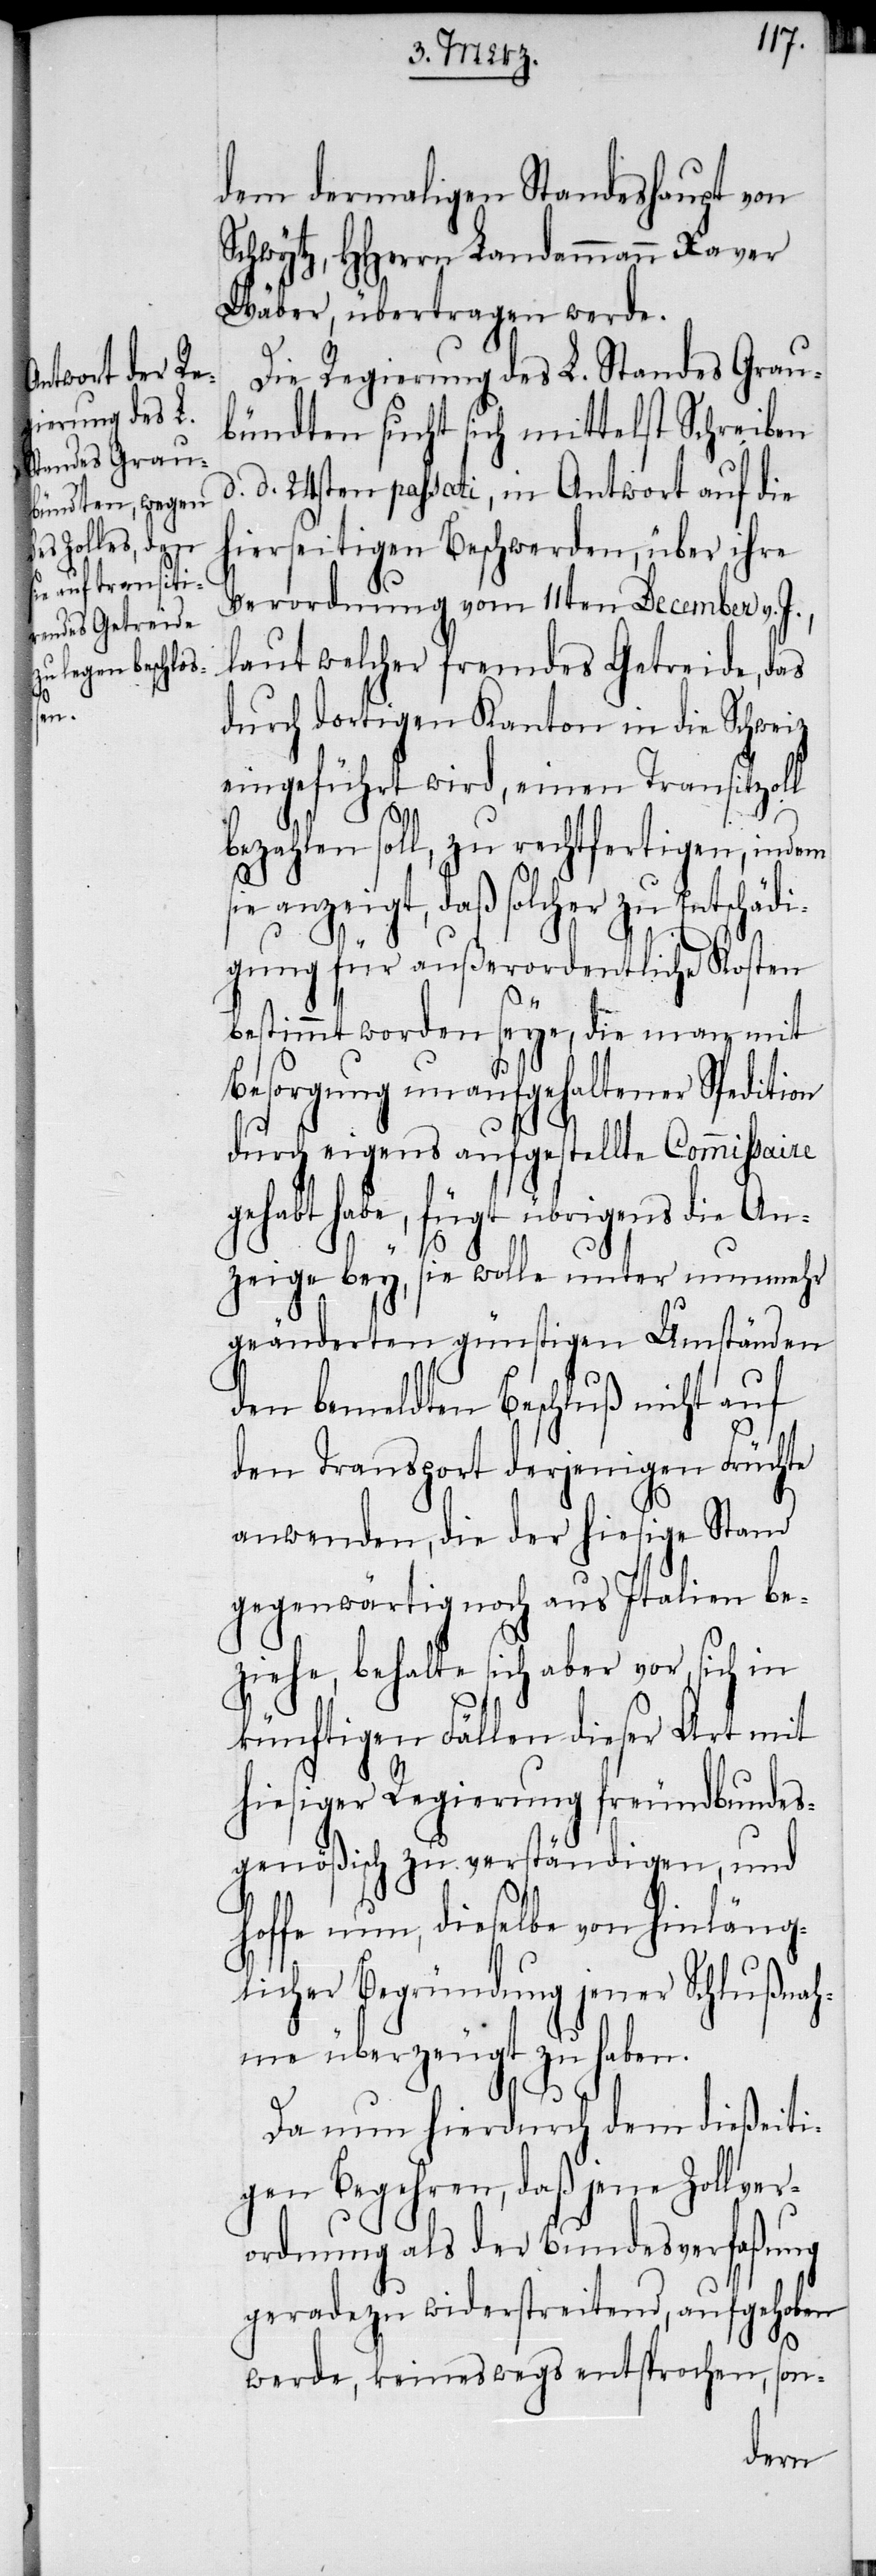
dem dermaligen Standeshaupt von
Schwytz, HHerrn Landammann Xaver
Wäber, übertragen werde.
Die Regierung des L. Standes Grau¬
bündten sucht sich mittelst Schreiben
d. d. 24sten passati, in Antwort auf die
hierseitigen Beschwerden, über ihre
Verordnung vom 11ten December v. J.,
laut welcher fremdes Getreide, das
durch dortigen Kanton in die Schweiz
eingeführt wird, einen Transitzoll
bezahlen soll, zu rechtfertigen, indem
anzeigt, daß solcher zu Entschädi¬
gung für außerordentliche Kosten
bestimmt worden seye, die man mit
Besorgung unaufgehaltener Spedition
durch eigens aufgestellte Commissaire
gehabt habe, fügt übrigens die An¬
zeige bey, sie wolle unter nunmehr
geänderten günstigen Umständen
den bemeldten Beschluß nicht auf
den Transport derjenigen Früchte
anwenden, die der hiesige Stand
gegenwärtig noch aus Italien be¬
ziehe, behalte sich aber vor, sich in
künftigen Fällen dieser Art mit
hiesiger Regierung freundbundes¬
genößisch zu verständigen, und
hoffe nun, dieselbe von hinläng¬
licher Begründung jener Schlußnah¬
me überzeugt zu haben.
Da nun hierdurch dem dießeiti¬
gen Begehren, daß jene Zollver¬
ordnung als der Bundesverfaßung
geradezu widerstreitend, aufgehoben
werde, keineswegs entsprochen, son-